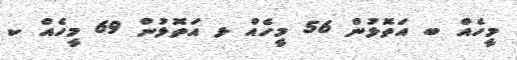
މީހެއް ބ އަތޮޅުން 56 މީހެއް ޅ އަތޮޅުން 69 މީހެއް ކ